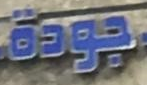
جودة